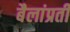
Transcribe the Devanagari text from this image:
बैलांप्रती